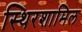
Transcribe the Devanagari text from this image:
स्थिरशामिल